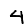
Digit: 4